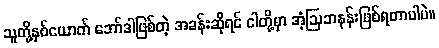
သူတို့နှစ်ယောက် ဘော်ဒါဖြစ်တဲ့ အခန်းဆိုရင် ငါတို့မှာ အံ့ဩဘနန်းဖြစ်ရတာပါပဲ။